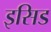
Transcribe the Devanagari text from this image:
इसिड